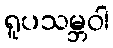
ရူပသမ္ဘဝါ